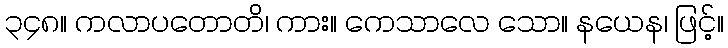
၃၄၈။ ကလာပတောတိ၊ ကား။ ကေသာလေ သော။ နယေန၊ ဖြင့်။